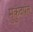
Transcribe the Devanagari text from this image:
मुकुंदपंत